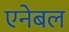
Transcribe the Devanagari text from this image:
एनेबल